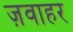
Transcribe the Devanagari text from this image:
ज़वाहर